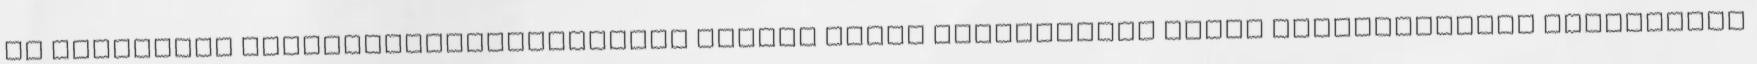
az Integrált vállalkozásfejlesztési modell három fejlesztési régió kisvárosaiban elnevezésű